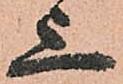
上